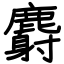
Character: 麝